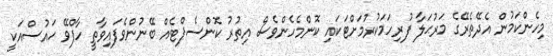
މިހެންކަމުން އެދޭތެރޭގެ މަރުޙަލާ ފުރިހަމަކުރުމަށްޓަކައި ކޮންމެހެންވެސް އިތުރު ކޮންސެޕްޓެއް ބޭނުންވެފައިވާތީ ހާފްވޭ ހަައުސްއަކީ